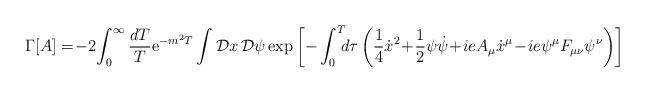
LaTeX: \begin{align*}\Gamma\lbrack A\rbrack =\! -2\! \int_0^{\infty}{dT\over T} {\rm e}^{-m^2T}\int {\cal D}x\,{\cal D}\psi\,{\rm exp}\left[ -\int_0^T \!\!\!d\tau\left( {1\over 4}{\dot x}^2\! +\!{1\over2}\psi\dot\psi\!+\!ieA_{\mu}\dot x^{\mu}\!-\!ie\psi^{\mu}F_{\mu\nu}\psi^{\nu}\right)\right] \\\end{align*}